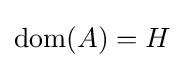
\operatorname {dom} (A)=H